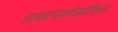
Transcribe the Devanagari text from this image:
डायएग्नोस्टिक्स